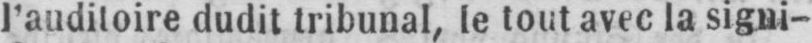
l’auditoire dudit tribunal, le tout avec la signi-